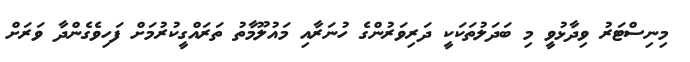
މިނިސްޓަރު ވިދާޅުވީ މި ބަދަލުތަކަކީ ދަރިވަރުންގެ ހުނަރާއި މައުލޫމާތު ތަރައްގީކުރުމަށް ފަހިވެގެންދާ ވަރަށް